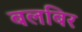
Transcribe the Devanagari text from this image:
बलबिर